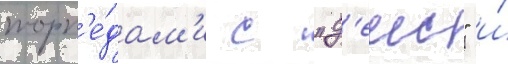
торп'е́дам'и с "д'еис" и́